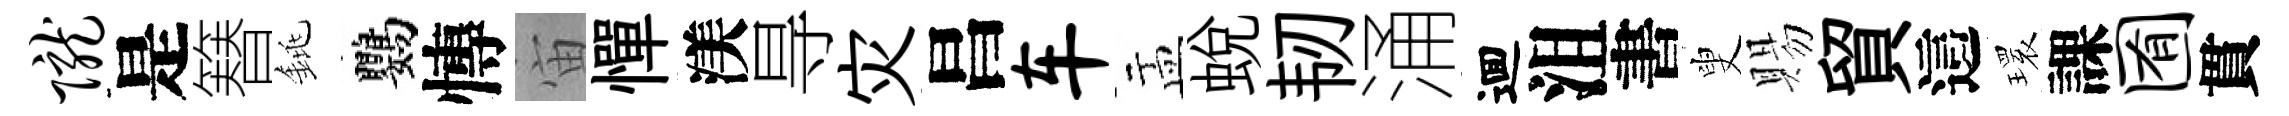
陇是簮銚鸚慱宙憚渼㝵灾昌车盂蛻韧涌逥沮書叟賜貿這𤨔課囿貫